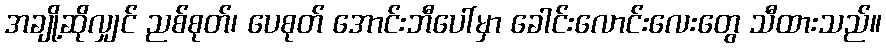
အချို့ဆိုလျှင် ညစ်စုတ်၊ ပေစုတ် အောင်းဘီပေါ်မှာ ခေါင်းလောင်းလေးတွေ သီထားသည်။